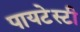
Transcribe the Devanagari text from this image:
पायटेस्टी